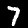
Label: 7